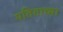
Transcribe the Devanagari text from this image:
पतिताच्या